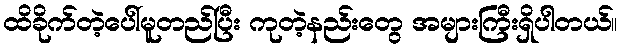
ထိခိုက်တဲ့ပေါ်မူတည်ပြီး ကုတဲ့နည်းတွေ အများကြီးရှိပါတယ်။